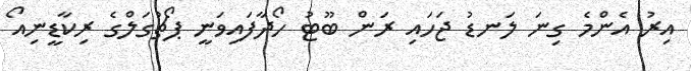
އިރު އެންމެ ގިނަ ލަނޑު ޖަހައި ރަން ބޫޓު ހޯދާފައިވަނީ ޕޯޗުގަލްގެ ރިކާޑީނިއޯ